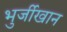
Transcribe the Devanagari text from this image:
भुर्जीखान